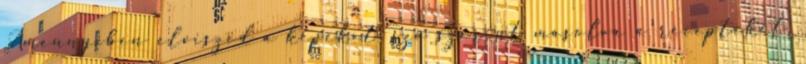
Amennyiben elviszed a képeket, szó szerint másolva a recepteket,